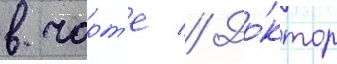
в чарт'е // До́ктор